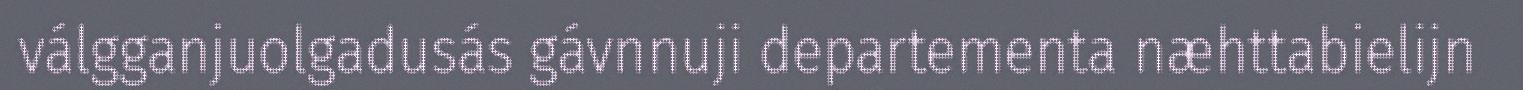
válgganjuolgadusás gávnnuji departementa næhttabielijn